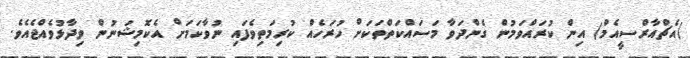
(އެޗްއާރްސީއެމް) އިން ކުރައްވަމުން ގެންދަވާ މަސައްކަތްތަކަށް ހުރަހެއް ކުރިމަތިވެފައި ނުވާކަމަށް އެކޮމިޝަނުން ވިދާޅުވެއްޖެއެވެ.